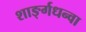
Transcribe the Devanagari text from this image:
शार्ङ्गधन्वा